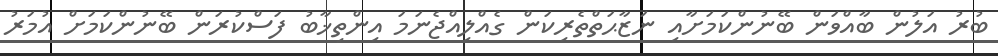
ބުރު އަލުން ބާއްވަން ބޭނުންކަމަށާއި ނަޒާޙަތްތެރިކަން ގެއްލިއްޖެނަމަ އިންތިޚާބު ފަސްކުރަން ބޭނުންކަމަށް އުމަރު